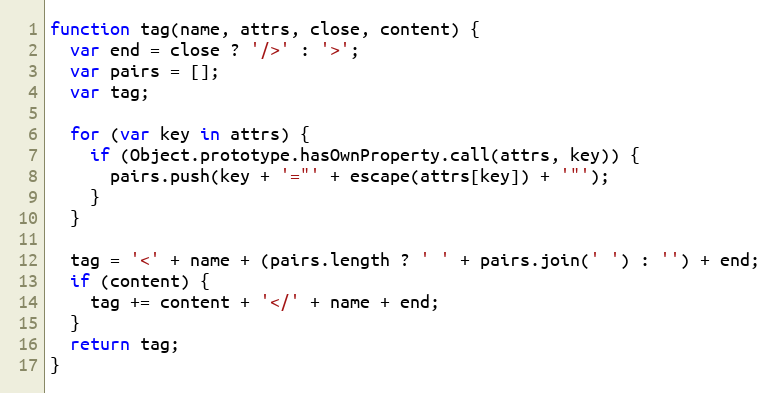
Language: JavaScript
function tag(name, attrs, close, content) {
  var end = close ? '/>' : '>';
  var pairs = [];
  var tag;

  for (var key in attrs) {
    if (Object.prototype.hasOwnProperty.call(attrs, key)) {
      pairs.push(key + '="' + escape(attrs[key]) + '"');
    }
  }

  tag = '<' + name + (pairs.length ? ' ' + pairs.join(' ') : '') + end;
  if (content) {
    tag += content + '</' + name + end;
  }
  return tag;
}